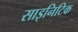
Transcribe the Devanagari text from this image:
साइनिटिक